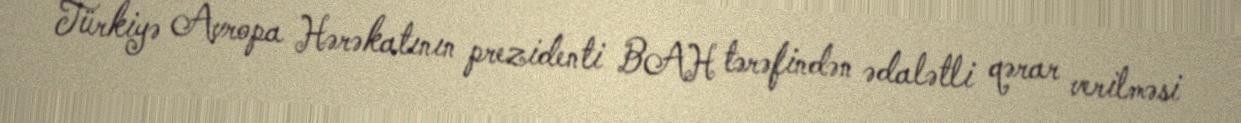
Türkiyə Avropa Hərəkatının prezidenti BAH tərəfindən ədalətli qərar verilməsi